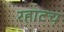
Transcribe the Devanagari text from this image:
रहाटच